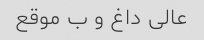
عالی داغ و ب موقع